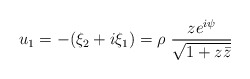
\begin{align*}u_{1} = -(\xi_{2} + i \xi_{1}) = \rho~\frac{z e^{i\psi}}{\sqrt{1+z\bar{z}}} \end{align*}